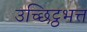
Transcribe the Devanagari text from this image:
उच्छिट्ठभत्त